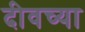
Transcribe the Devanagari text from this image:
दीवच्या